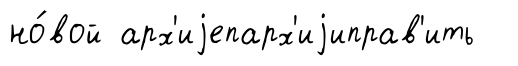
но́вой арх'иjепарх'иjиправ'ить